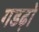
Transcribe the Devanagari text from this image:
गडढ़ो